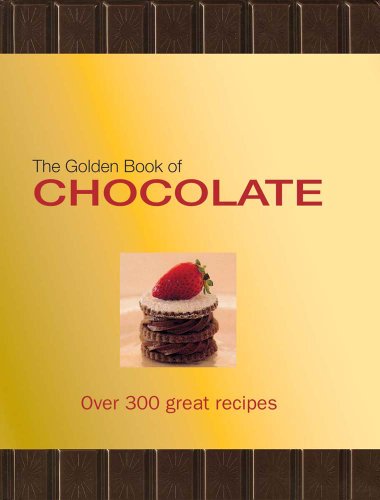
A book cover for The Golden Book of Chocolate: Over 300 Great Recipes; Carla Bardi; Cookbooks, Food & Wine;